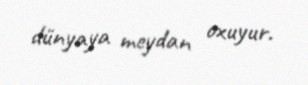
dünyaya meydan oxuyur.